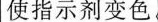
使指示剂变色